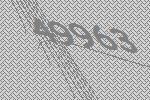
49963